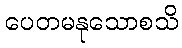
ပေတမနုသောစသိ